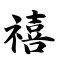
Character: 禧